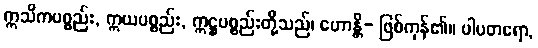
ဣသိကပစ္စည်း, ဣယပစ္စည်း, ဣဋ္ဌပစ္စည်းတို့သည်၊ ဟောန္တိ- ဖြစ်ကုန်၏။ ပါပတရော,